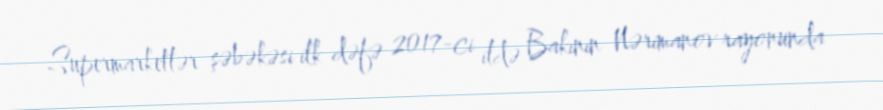
Supermarketlər şəbəkəsi ilk dəfə 2017-ci ildə Bakının Nərimanov rayonunda